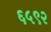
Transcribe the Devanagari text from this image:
६५९२